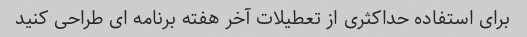
برای استفاده حداکثری از تعطیلات آخر هفته برنامه ای طراحی کنید